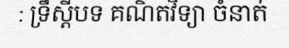
: ទ្រឹស្តីបទ គណិតវិទ្យា ចំនាត់